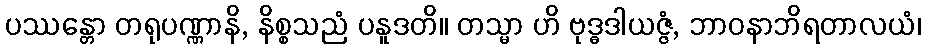
ပဿန္တော တရုပဏ္ဏာနိ, နိစ္စသညံ ပနူဒတိ။ တသ္မာ ဟိ ဗုဒ္ဓဒါယဇ္ဇံ, ဘာဝနာဘိရတာလယံ၊